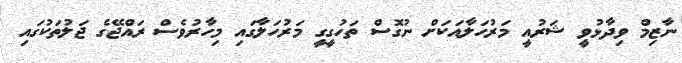
ނާޒިމް ވިދާޅުވީ ޝަރުއީ މަރުހަލާއަކަށް ނުގޮސް ތަހުގީގީ މަރުހަލާގައި މިހާރުވެސް ރައްޖޭގެ ޖަލުތަކުގައި